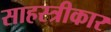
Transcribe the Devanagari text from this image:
साहस्त्रीकार